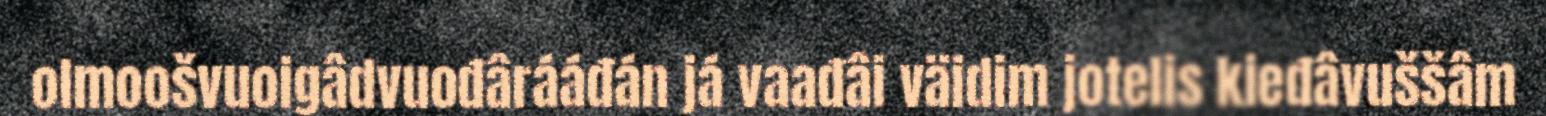
olmoošvuoigâdvuođârááđán já vaađâi väidim jotelis kieđâvuššâm